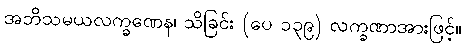
အဘိသမယလက္ခဏေန၊ သိခြင်း (ပေ ၁၃၉) လက္ခဏာအားဖြင့်။